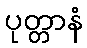
ပုတ္တာနံ